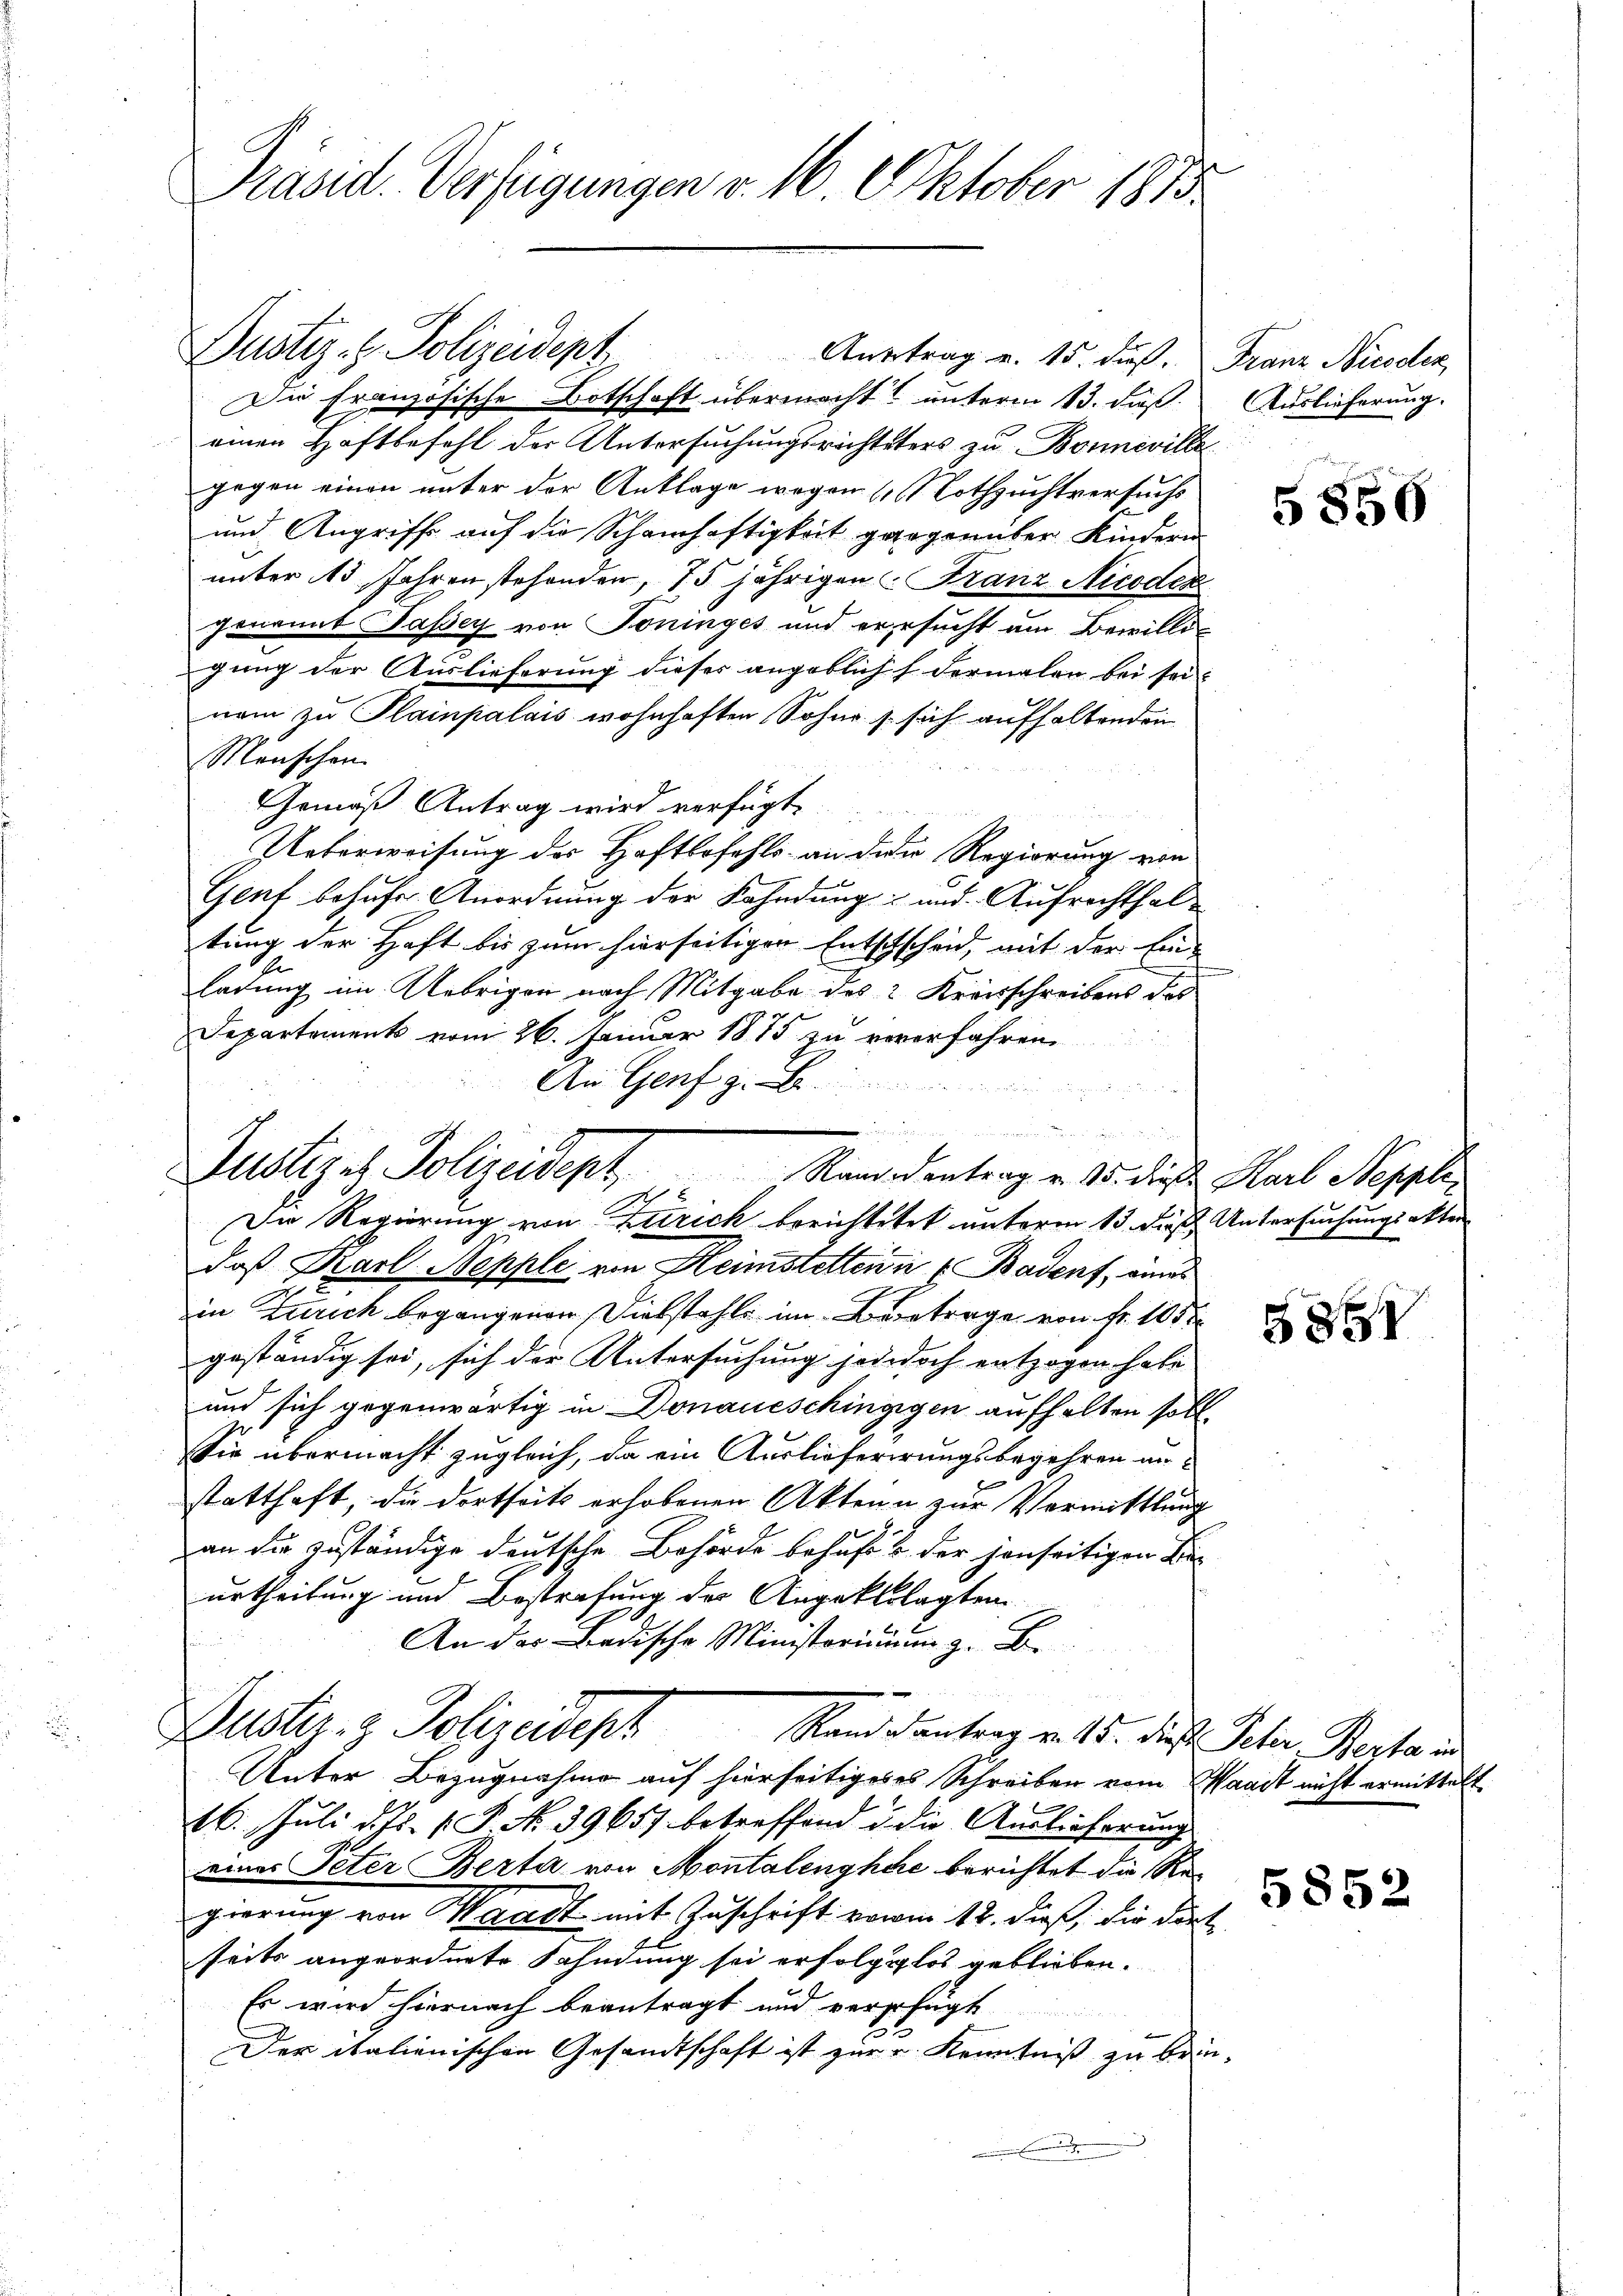
Präsid. Verfügungen v. 16. Oktober 1883

Justiz- & Polizeidept

e
Justiges Polizeisept Randidantrag v. 15. dieß Karl Neppli
d

Anbetrag u. 15. dieß.
Die französische Botschaft übermacht unterm 13. daß
einen Haftbefehl der Untersuchungsrichteters zu Bonneville
gegen einen unter der Anklage wegen 4 Nothzuchtversuchs
und Angriff auf die Schamhaftigkeit gegenüber Kindern
unter 15 Jahren stehenden, 15 jährigen Franz Nicodex
genannt Passey von Toninges und ersucht um Bewilligung der Auslieferung dieser angeblichs dermalen bei seinem zu Plainpalais wohnhaften Sohne s. sich aufhaltenden
Menschen
Gemäß Antrag wird verfügt
Ueberweisung der Haftbefehls an dien Regierung von
Gent besuche Anordnung der Fahndung und Aufrechthaltung der Haft bis zum hierseitigen Entschscheid, mit der Einladung im Uebrigen nach Mitgabe des 2 Kreisschreibens des
Departements vom 26. Januar 1875 zu vererfahren
An Genf z. B.
u
Die Regierung von Zürich berichtetet unterm 13. dieß Untersuchungsakter
daß Karl Neppli von Heimstetten in u. Badenf, eines
in Zürich begangenen Diebstahle im Betrage von Fr. 1052
geständig sei, sich der Untersuchung jededoch entzogen habe
und sich gegenwärtig in Donaueschingigen aufhalten soll.
Sie übermacht zugleich, da ein Auslieferirungsbegehren anstatthaft, die dortseit erhobenen Akten zur Vermittlung
an die zuständige deutsche Behörde behufs & der jenseitigen Be-
urtheilung und Bestrafung der Angeklagten
An der Badische Ministorium z. B.
2
222
Dustiz- & Polizeidept
Rande antrag v. 15. dieß Peter Berta in
Unter Bezugnahme auf hierseitigeses Schreiben vom Waadt nicht ermittelt
16. Juli d. Js. P. No. 39657 betreffend u. die Auslieferung
eines Peter Berta von Montalenghee berichtet die Regierung von Waadt mit Zuschrift vom 18. dieß, die die
seits angeordnete Fahndung sei erfolglos geblieben.
Es wird hiernach beantragt und verfügt
Der italienischen Gesandtschaft ist zur Kenntniß zu be¬

Franz Nieder
Auslieferung.

2.

2

5856

585

5852